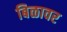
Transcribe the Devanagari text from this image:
बिळावर